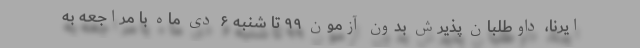
ایرنا، داوطلبان پذیرش بدون آزمون ۹۹ تا شنبه ۶ دی ماه با مراجعه به